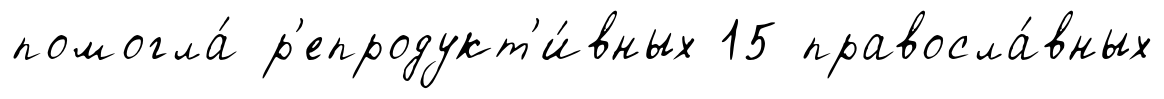
помогла́ р'епродукт'и́вных 15 правосла́вных